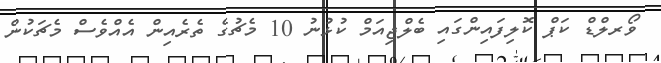
ވޯރލްޑް ކަޕް ކޮލިފައިންގައި ބެލްޖިއަމް ކުޅުނު 10 މެޗުގެ ތެރެއިން އެއްވެސް މެޗަކުން